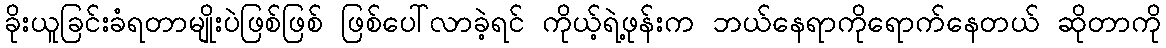
ခိုးယူခြင်းခံရတာမျိုးပဲဖြစ်ဖြစ် ဖြစ်ပေါ်လာခဲ့ရင် ကိုယ့်ရဲ့ဖုန်းက ဘယ်နေရာကိုရောက်နေတယ် ဆိုတာကို